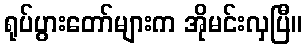
ရုပ်ပွားတော်များက အိုမင်းလှပြီ။